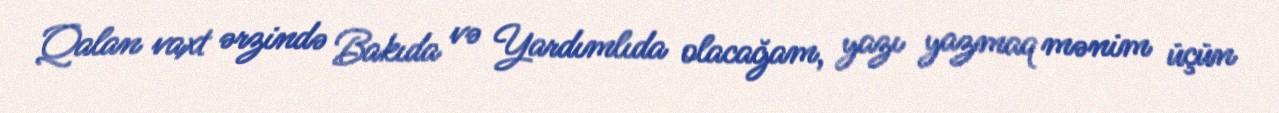
Qalan vaxt ərzində Bakıda və Yardımlıda olacağam, yazı yazmaq mənim üçün